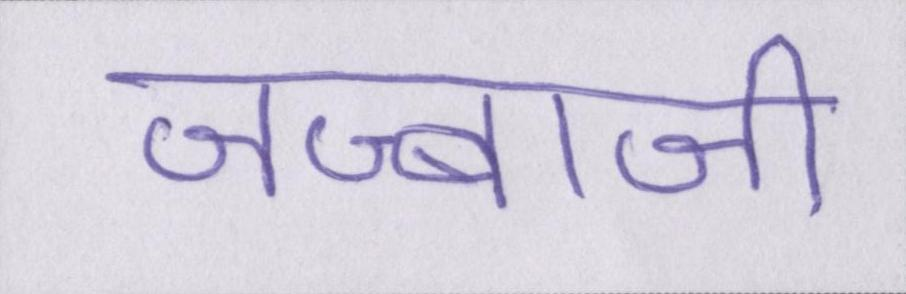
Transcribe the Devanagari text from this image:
जज्बाजी